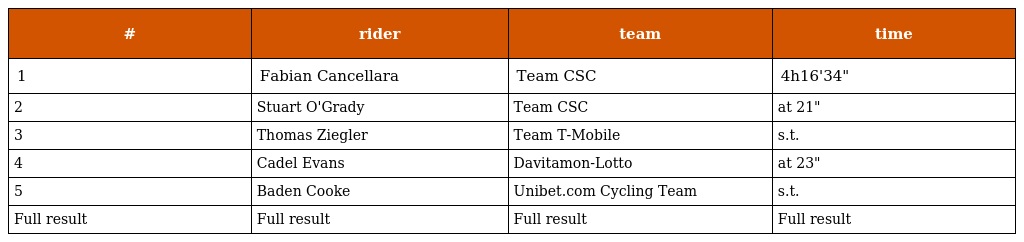
| # | rider | team | time |
 | --- | --- | --- | --- |
 | 1 | Fabian Cancellara | Team CSC | 4h16'34" |
 | 2 | Stuart O'Grady | Team CSC | at 21" |
 | 3 | Thomas Ziegler | Team T-Mobile | s.t. |
 | 4 | Cadel Evans | Davitamon-Lotto | at 23" |
 | 5 | Baden Cooke | Unibet.com Cycling Team | s.t. |
 | Full result | Full result | Full result | Full result |